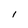
Character: i